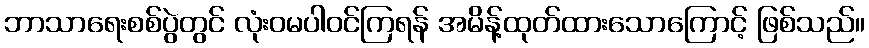
ဘာသာရေးစစ်ပွဲတွင် လုံးဝမပါဝင်ကြရန် အမိန့်ထုတ်ထားသောကြောင့် ဖြစ်သည်။